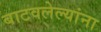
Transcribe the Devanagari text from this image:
बाटवलेल्यांना